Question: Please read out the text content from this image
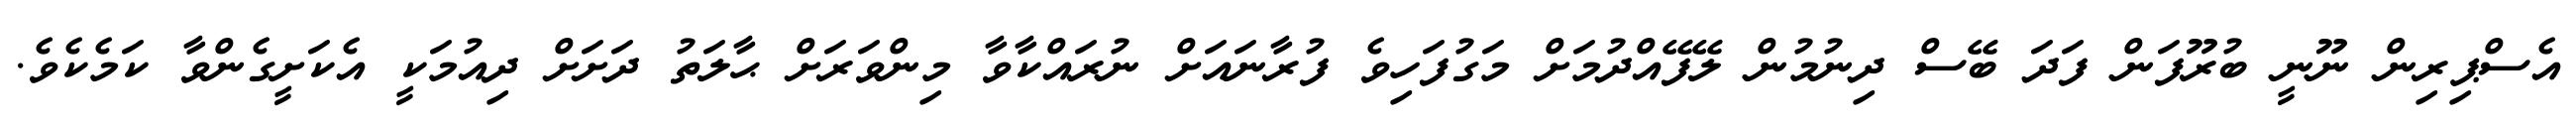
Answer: އެސްޕިރިން ނޫނީ ބުރޫފަން ފަދަ ބޭސް ދިނުމުން ލޭފޭއްދުމަށް މަގުފަހިވެ ފުރާނައަށް ނުރައްކާވާ މިންވަރަށް ޙާލަތު ދަށަށް ދިއުމަކީ އެކަށީގެންވާ ކަމެކެވެ.